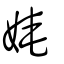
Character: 㛪